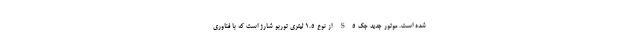
شده است. موتور جدید جک S5 از نوع 1.5 لیتری توربو شارژ است که با فناوری